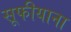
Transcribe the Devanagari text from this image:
सूफीयाना